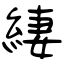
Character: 緀